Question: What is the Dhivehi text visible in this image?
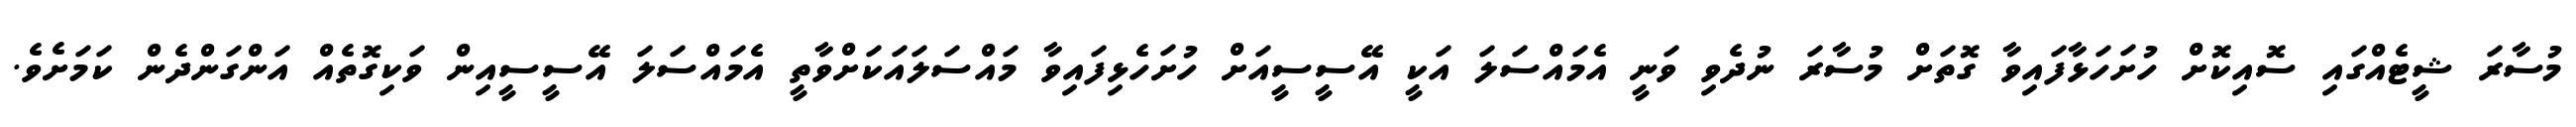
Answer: މުސާރަ ޝީޓެއްގައި ސޮއިކޮށް ހުށަހަޅާފައިވާ ގޮތަށް މުސާރަ ނުދެވި ވަނީ އެމައްސަލަ އަކީ އޭސީސީއަށް ހުށަހެޅިފައިވާ މައްސަލައަކަށްވާތީ އެމައްސަލަ އޭސީސީއިން ވަކިގޮތެއް އަންގަންދެން ކަމަށެވެ.